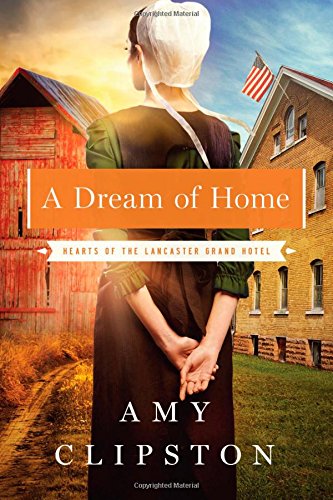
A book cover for A Dream of Home (Hearts of the Lancaster Grand Hotel); Amy Clipston; Romance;